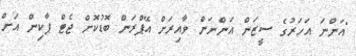
"އަންނަ އަހަރުގެ ސީޒަން އަންނަން ވާއިރަށް އޭޕްރަން ބޮޑުކޮށް ޖެޓް ޕާކިން އަށް